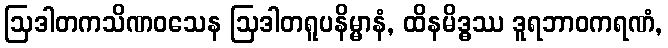
ဩဒါတကသိဏဝသေန ဩဒါတရူပနိမ္မာနံ, ထိနမိဒ္ဓဿ ဒူရဘာဝကရဏံ,